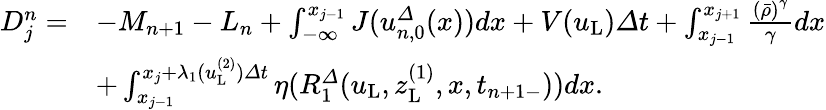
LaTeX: \begin{array}{rl}{D_{j}^{n}=}&{-M_{n+1}-L_{n}+\int_{-\infty}^{x_{j-1}}J({u}_{n,0}^{\varDelta}(x))dx+V(u_{\mathrm{L}}){\varDelta}t+\int_{x_{j-1}}^{x_{j+1}}\frac{\left(\bar{\rho}\right)^{\gamma}}{\gamma}dx}\\ &{+\int_{x_{j-1}}^{x_{j}+\lambda_{1}(u_{\mathrm{L}}^{(2)}){\varDelta}t}\eta(R_{1}^{\varDelta}(u_{\mathrm{L}},z_{\mathrm{L}}^{(1)},x,t_{n+1-}))dx.}\end{array}